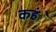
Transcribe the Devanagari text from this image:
कहंे